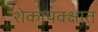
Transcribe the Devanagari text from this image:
शेकापक्क्षात